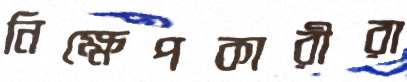
নিক্ষেপকারীরা